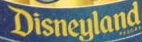
Disneyland